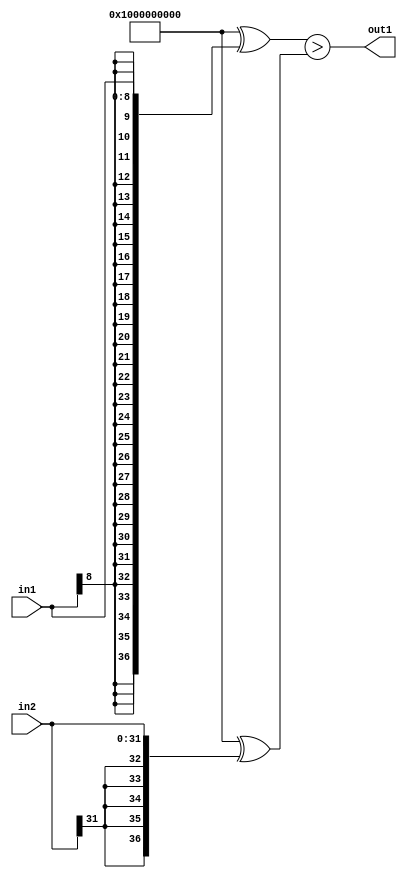
`timescale 1ps / 1ps
/*****************************************************************************
    Verilog RTL Description
    
    
    Created by: Stratus DpOpt 2019.1.01 
*******************************************************************************/

module GaussFilter_LessThan_32Sx9S_1U_4 (
	in2,
	in1,
	out1
	); /* architecture "behavioural" */ 
input [31:0] in2;
input [8:0] in1;
output  out1;
wire  asc001;

assign asc001 = ((37'B1000000000000000000000000000000000000 ^ {{28{in1[8]}}, in1})>(37'B1000000000000000000000000000000000000
    ^ {{5{in2[31]}}, in2}));

assign out1 = asc001;
endmodule

/* CADENCE  uLP3Qwk= : u9/ySgnWtBlWxVPRXgAZ4Og= ** DO NOT EDIT THIS LINE ******/